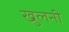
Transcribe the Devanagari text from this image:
खुलनी